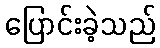
ပြောင်းခဲ့သည်